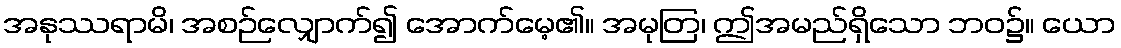
အနုဿရာမိ၊ အစဉ်လျှောက်၍ အောက်မေ့၏။ အမုတြ၊ ဤအမည်ရှိသော ဘဝ၌။ ယော